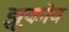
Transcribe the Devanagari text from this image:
झूकोव